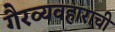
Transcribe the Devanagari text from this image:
गैरव्यवहाराची